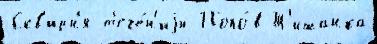
Скв'ирн'я т'ече́н'иjи Попо́в Т'ишанка